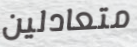
متعادلين